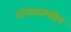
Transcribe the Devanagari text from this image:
बांधकामक्षेत्र